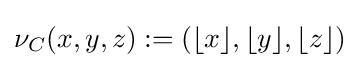
\nu _{C}(x,y,z):=(\lfloor x\rfloor ,\lfloor y\rfloor ,\lfloor z\rfloor )